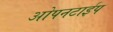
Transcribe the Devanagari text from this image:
ओपनटाईप